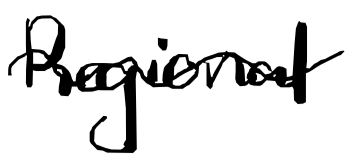
Text: Regional
Cross-out: wave
Writing tool: digital_black